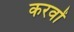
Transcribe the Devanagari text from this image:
करवों